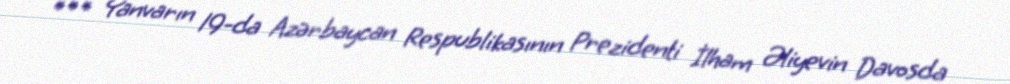
*** Yanvarın 19-da Azərbaycan Respublikasının Prezidenti İlham Əliyevin Davosda